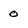
Character: 0